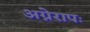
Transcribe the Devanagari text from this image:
अग्नेरापः